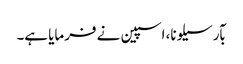
بآرسیلونا، اسپین نے فرمایا ہے۔